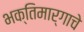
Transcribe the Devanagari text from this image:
भक्तिमार्गाचे